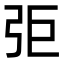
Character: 弡